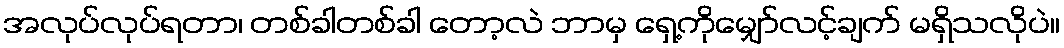
အလုပ်လုပ်ရတာ၊ တစ်ခါတစ်ခါ တော့လဲ ဘာမှ ရှေ့ကိုမျှော်လင့်ချက် မရှိသလိုပဲ။